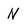
Character: N